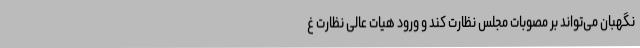
نگهبان می‌تواند بر مصوبات مجلس نظارت کند و ورود هیات عالی نظارت غ